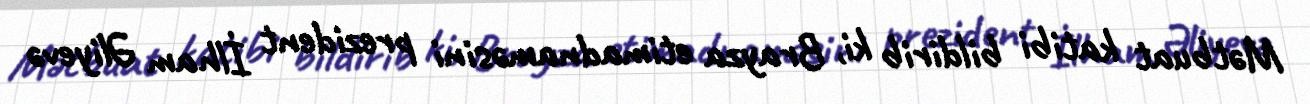
Mətbuat katibi bildirib ki, Brayza etimadnaməsini prezident İlham Əliyevə